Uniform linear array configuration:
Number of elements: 48
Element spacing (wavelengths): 0.5
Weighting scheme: binomial
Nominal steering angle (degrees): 15
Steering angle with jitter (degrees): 13.589
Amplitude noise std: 0.05
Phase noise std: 0.05

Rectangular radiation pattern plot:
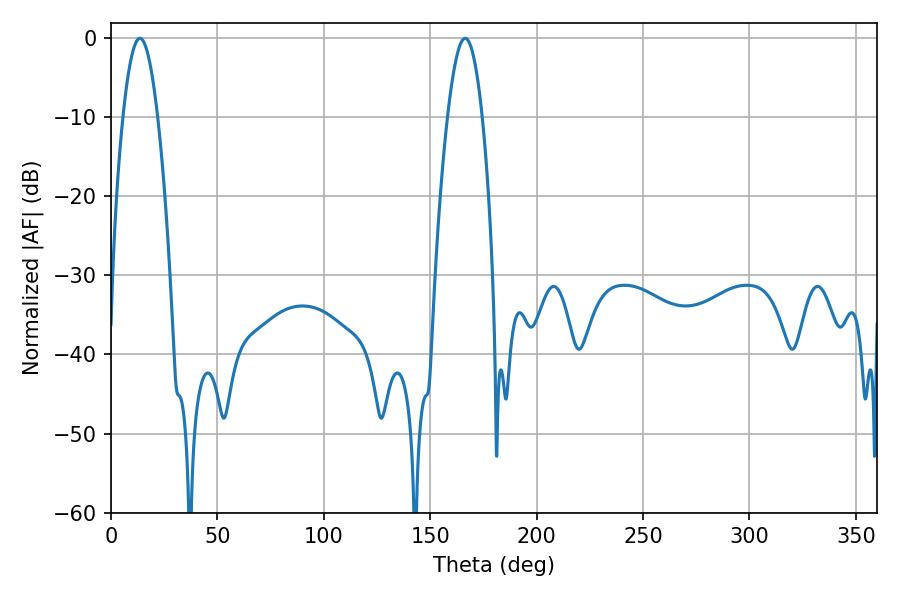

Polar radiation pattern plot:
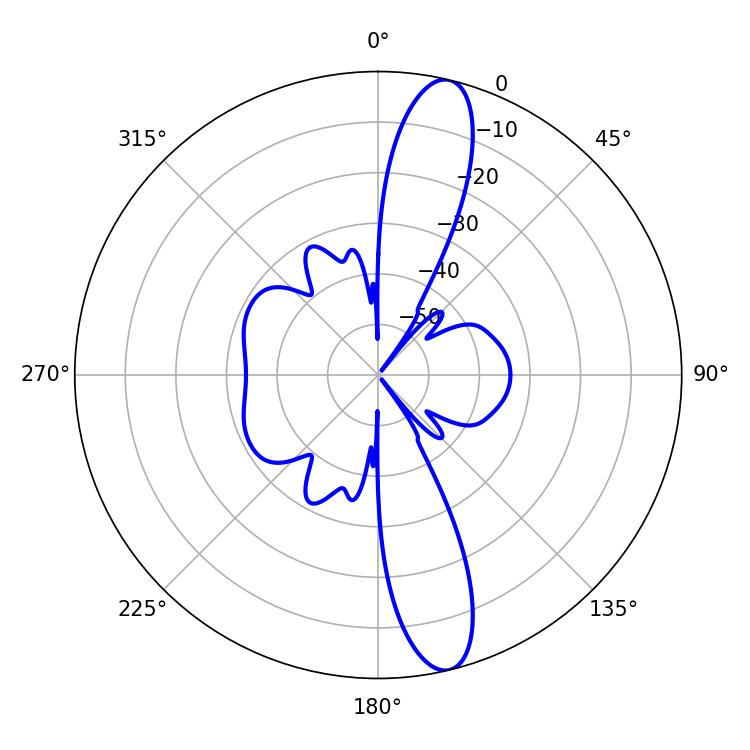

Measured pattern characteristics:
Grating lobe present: FALSE
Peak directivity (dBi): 14.071
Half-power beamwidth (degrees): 8.82
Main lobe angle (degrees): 13.5